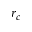
r _ { c }